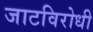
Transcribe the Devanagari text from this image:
जाटविरोधी